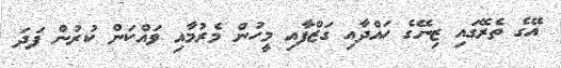
އޭގެ ތެރޭގައި ޒިނޭގެ ހައްދާއި ގަޒްފާއި މީހުން މެރުމާއި ވައްކަން ކުރުން ފަދަ